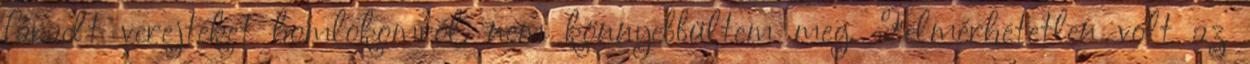
fáradt verejtéket homlokomról, nem könnyebbültem meg. Felmérhetetlen volt az